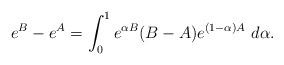
LaTeX: \begin{align*}e^B - e^A = \int_{0}^1 e^{\alpha B} (B-A) e^{(1-\alpha)A}\ d\alpha .\end{align*}